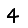
Digit: 4